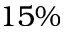
1 5 \%